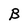
Character: B